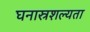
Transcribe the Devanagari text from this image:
घनास्रशल्यता